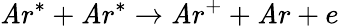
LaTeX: \mathit{A}r^{*}+\mathit{A}r^{*}\rightarrow\mathit{A}r^{+}+\mathit{A}r+e